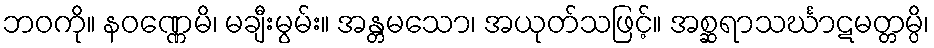
ဘဝကို။ နဝဏ္ဏေမိ၊ မချီးမွမ်း။ အန္တမသော၊ အယုတ်သဖြင့်။ အစ္ဆရာသင်္ဃာဋမတ္တမ္ပိ၊